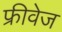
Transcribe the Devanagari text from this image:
फ्रीवेज